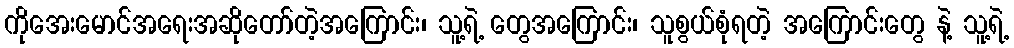
ကိုအေးမောင်အရေးအဆိုတော်တဲ့အကြောင်း၊ သူ့ရဲ့ တွေအကြောင်း၊ သူစွယ်စုံရတဲ့ အကြောင်းတွေ နဲ့ သူ့ရဲ့